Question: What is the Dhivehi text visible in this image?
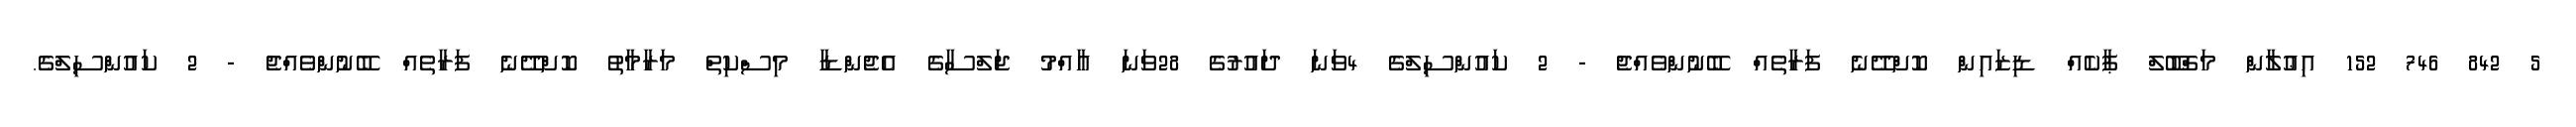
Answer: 5 842 746 152 އިޢުލާން މަޤްބޫލް ޕާކެއް ޑިޒައިން ކޮށްދޭނެ ފަރާތެއް ބޭނުންވެއްޖެ - 2 ކައުންސިލްގެ 4ވަނަ ދައުރުގެ 28ވަނަ އާއްމު ޖަލްސާގެ އެޖެންޑާ މިސްކިތް މަރާމާތު ކޮށްދޭނެ ފަރާތެއް ބޭނުންވެއްޖެ - 2 ކައުންސިލްގެ.